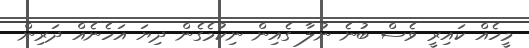
މީހެއް ކައިރީ ވެސް ބުނެ ނުލާ ގެއިން ނިކުމެގެން ދިޔަ އަހެނެއް ދަރިން